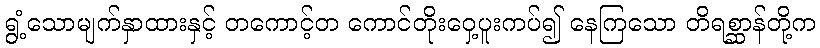
ရွံ့သောမျက်နှာထားနှင့် တကောင့်တ ကောင်တိုးဝှေ့ပူးကပ်၍ နေကြသော တိရစ္ဆာန်တို့က